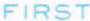
FIRST